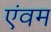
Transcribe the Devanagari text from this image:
एंवम